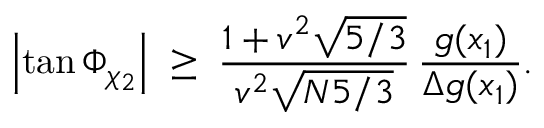
\left| \tan \Phi _ { \chi _ { 2 } } \right| \; \ge \; { \frac { 1 + v ^ { 2 } \sqrt { 5 / 3 } } { v ^ { 2 } \sqrt { N 5 / 3 } } } \, { \frac { g ( x _ { 1 } ) } { \Delta g ( x _ { 1 } ) } } .